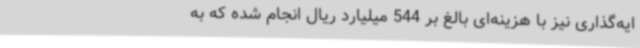
ایه‌گذاری نیز با هزینه‌ای بالغ بر 544 میلیارد ریال انجام شده که به